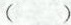
（ ）